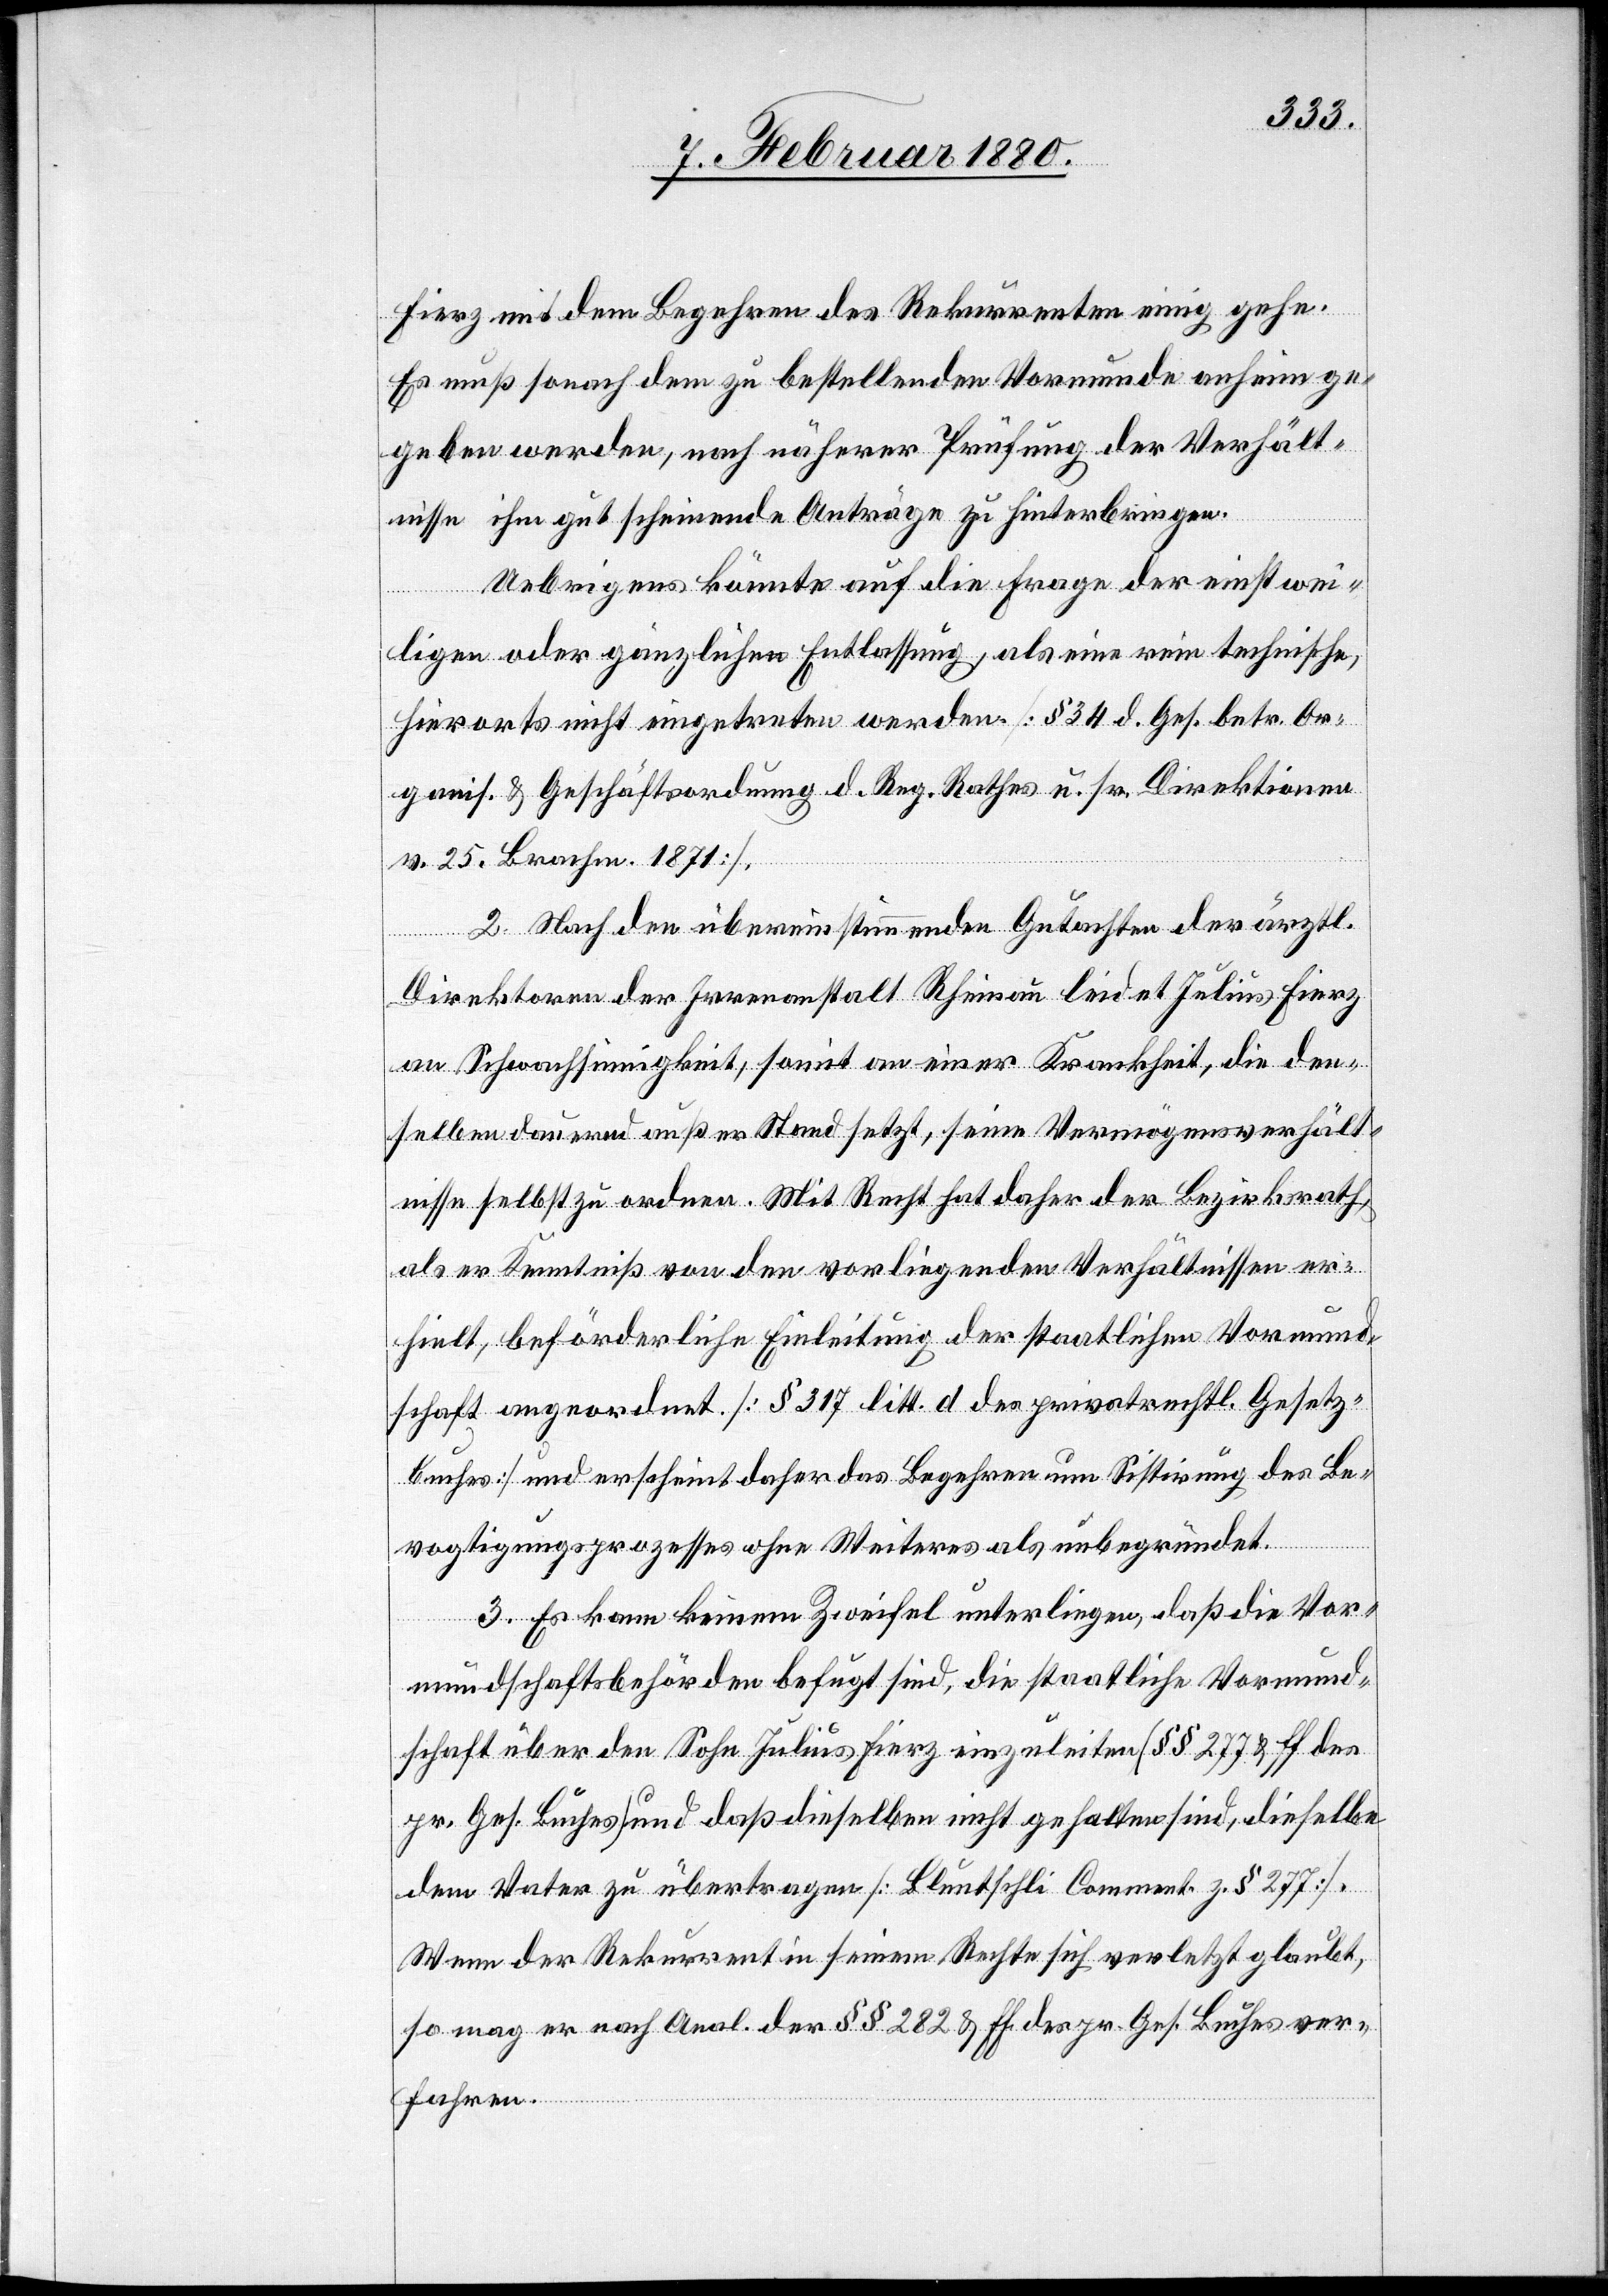
Fierz mit dem Begehren des Rekurrenten einig gehe.
Es muß sonach dem zu bestellenden Vormunde anheim ge¬
geben werden, nach näherer Prüfung der Verhält¬
nisse ihm gut scheinende Anträge zu hinterbringen.
Uebrigens könnte auf die Frage der einstwei¬
ligen oder gänzlichen Entlassung, als eine rein technische,
hierorts nicht eingetreten werden [§ 34 d. Ges. betr. Or¬
ganis. & Geschäftsordnung d. Reg. Rathes u. s. w. Direktionen
v. 25. Brachm. 1871].
2. Nach den übereinstimmenden Gutachten der ärztl.
Direktoren der Irrenanstalt Rheinau leidet Julius Fierz
an Schwachsinnigkeit, somit an einer Krankheit, die den¬
selben dauernd außer Stand setzt, seine Vermögensverhält¬
nisse selbst zu ordnen. Mit Recht hat daher der Bezirksrath,
als er Kenntniß von den vorliegenden Verhältnissen er¬
hielt, beförderliche Einleitung der staatlichen Vormund¬
schaft angeordnet [§ 317 litt. d. des privatrechtl. Gesetz¬
buches] und erscheint daher das Begehren um Sistirung des Be¬
vogtigungsprozesses ohne Weiteres als unbegründet.
3. Es kann keinem Zweifel unterliegen, daß die Vor¬
mundschaftsbehörden befugt sind, die staatliche Vormund¬
schaft über den Sohn Julius Fierz einzuleiten [§§ 277 & ff des
pr. Ges. Buches] und daß dieselben nicht gehalten sind, dieselbe
dem Vater zu übertragen [Bluntschli Comment. z. § 277].
Wenn der Rekurrent in seinem Rechte sich verletzt glaubt,
so mag er nach Anal. der §§ 282 & ff. des pr. Ges. Buches ver¬
fahren.